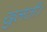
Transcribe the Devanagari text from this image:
खुलती।